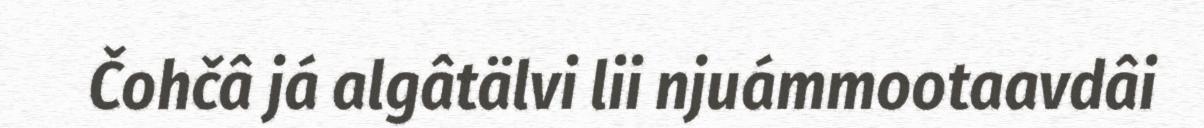
Čohčâ já algâtälvi lii njuámmootaavdâi